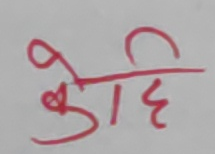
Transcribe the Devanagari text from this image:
कोहि